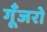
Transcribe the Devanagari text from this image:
गूँजरो